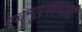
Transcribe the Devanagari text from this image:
डब्ल्यूएमएमआर